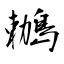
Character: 鶒